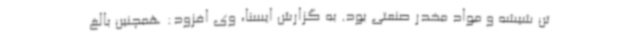
تن شیشه و مواد مخدر صنعتی بود. به گزارش ایسنا، وی افزود: همچنین بالغ